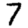
Digit: 7